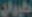
طيران